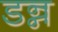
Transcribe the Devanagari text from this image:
डन्न